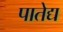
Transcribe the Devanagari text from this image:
पातेद्य